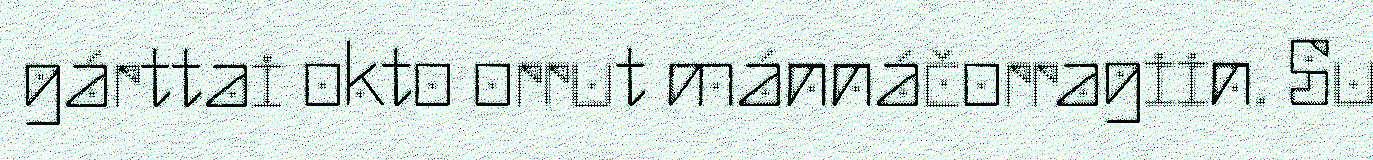
gárttai okto orrut mánnáčorragiin. Su